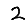
Digit: 2